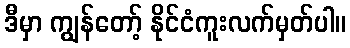
ဒီမှာ ကျွန်တော့် နိုင်ငံကူးလက်မှတ်ပါ။